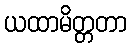
ယထာမိတ္တတာ